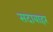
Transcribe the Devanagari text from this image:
सदाबाहर